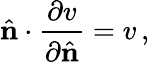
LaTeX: \hat{\mathbf n}\cdot\frac{\partial v}{\partial\hat{\mathbf n}}=v\, ,